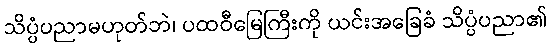
သိပ္ပံပညာမဟုတ်ဘဲ၊ ပထဝီမြေကြီးကို ယင်းအခြေခံ သိပ္ပံပညာ၏